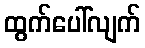
ထွက်ပေါ်လျက်